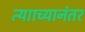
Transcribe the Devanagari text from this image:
त्यााच्यानंतर